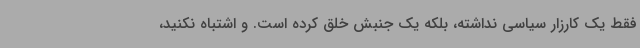
فقط یک کارزار سیاسی نداشته، بلکه یک جنبش خلق کرده است. و اشتباه نکنید،